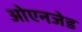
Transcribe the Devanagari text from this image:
ओएनजेड